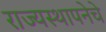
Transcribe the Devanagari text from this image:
राज्यस्थापनेचे